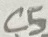
Text: C5